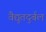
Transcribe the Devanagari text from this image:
वैद्युतदुर्बल